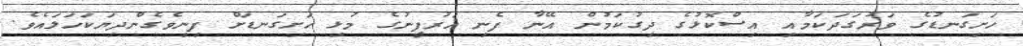
ހަށިގަނޑުގެ ވަރުގަދަކަމާއި އިސްކޮޅުގެ ދިގުކަމުން އޭނާ ފެނި އަރުފީނުގެ މުޅި ހަށިގަނޑަށް ފިނިވެގެންދިޔަކަހަލައެވެ.